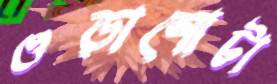
ওড়ানোটা